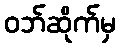
ဝဘ်ဆိုက်မှ